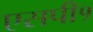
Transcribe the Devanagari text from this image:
एसपी१